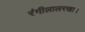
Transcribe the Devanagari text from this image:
रंगीलालरखा।